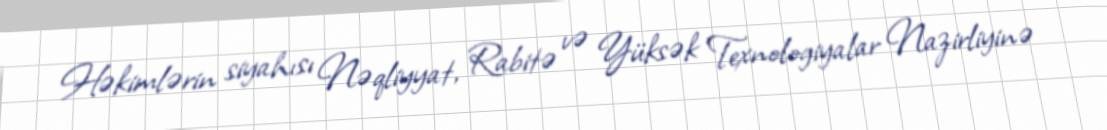
Həkimlərin siyahısı Nəqliyyat, Rabitə və Yüksək Texnologiyalar Nazirliyinə